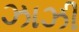
ઝાઝી